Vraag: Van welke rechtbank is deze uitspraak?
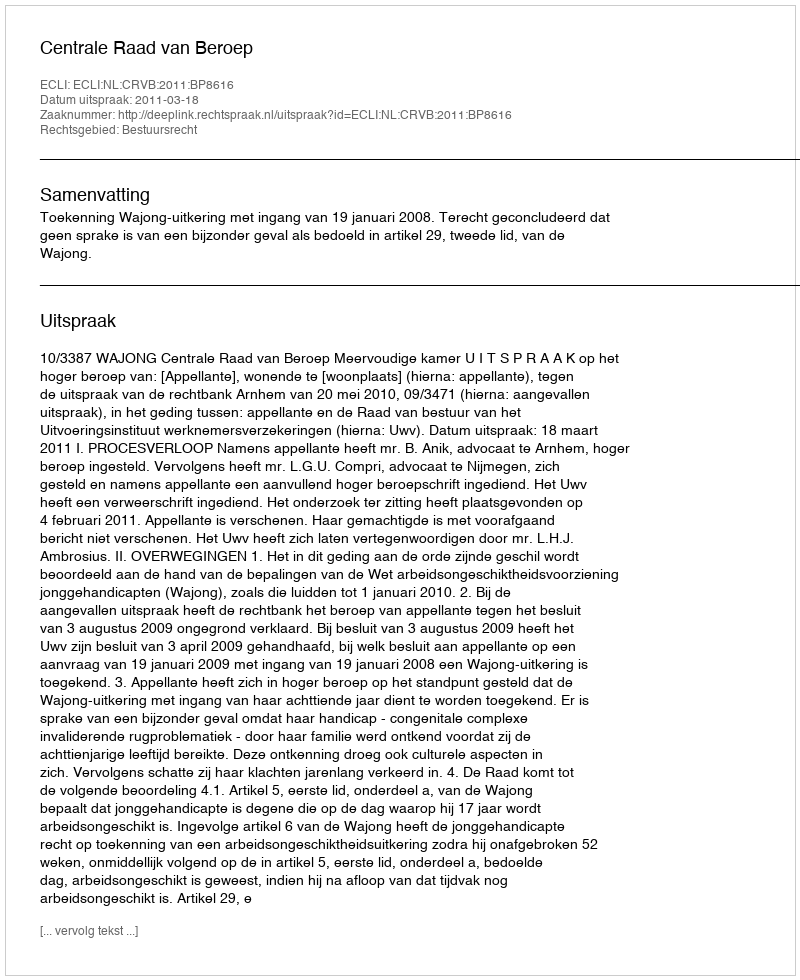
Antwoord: Centrale Raad van Beroep